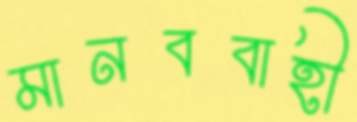
মানববাহী